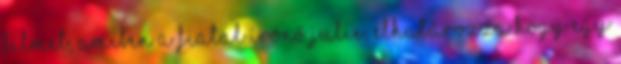
filmet, amiben a fiatal írónő Julie, elhatározza hogy egy